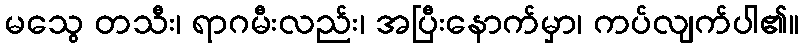
မသွေ တသီး၊ ရာဂမီးလည်း၊ အပြီးနောက်မှာ၊ ကပ်လျက်ပါ၏။